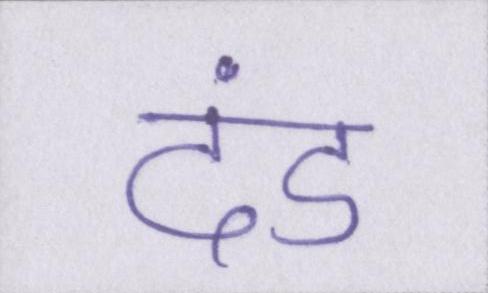
दंड